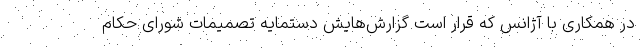
در همکاری با آژانس که قرار است گزارش‌هایش دستمایه تصمیمات شورای حکام